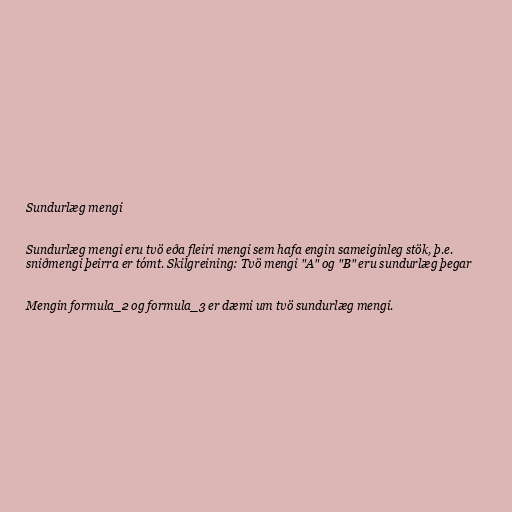
Sundurlæg mengi

Sundurlæg mengi eru tvö eða fleiri mengi sem hafa engin sameiginleg stök, þ.e.
sniðmengi þeirra er tómt. Skilgreining: Tvö mengi "A" og "B" eru sundurlæg þegar

Mengin formula_2 og formula_3 er dæmi um tvö sundurlæg mengi.